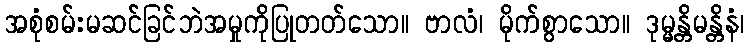
အစုံစမ်းမဆင်ခြင်ဘဲအမှုကိုပြုတတ်သော။ ဗာလံ၊ မိုက်စွာသော။ ဒုမ္မန္တိမန္တိနံ၊